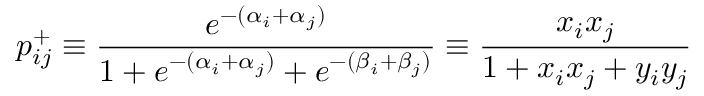
p _ { i j } ^ { + } \equiv \frac { e ^ { - ( \alpha _ { i } + \alpha _ { j } ) } } { 1 + e ^ { - ( \alpha _ { i } + \alpha _ { j } ) } + e ^ { - ( \beta _ { i } + \beta _ { j } ) } } \equiv \frac { x _ { i } x _ { j } } { 1 + x _ { i } x _ { j } + y _ { i } y _ { j } }